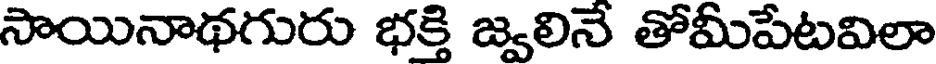
సాయినాథగురు భక్తి జ్వలినే తోమీపేటవిలా